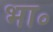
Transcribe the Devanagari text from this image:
भा॰